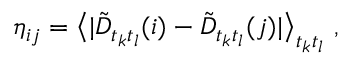
\eta _ { i j } = \big \langle | \tilde { D } _ { t _ { k } t _ { l } } ( i ) - \tilde { D } _ { t _ { k } t _ { l } } ( j ) | \big \rangle _ { t _ { k } t _ { l } } \ ,